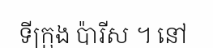
ទីក្រុង ប៉ារីស ។ នៅ